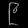
Digit: ၉